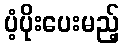
ပံ့ပိုးပေးမည့်